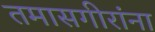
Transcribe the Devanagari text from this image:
तमासगीरांना